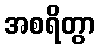
အစရိတွာ